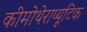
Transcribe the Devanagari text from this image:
कीमोथेराप्यूटिक